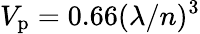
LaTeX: V_{\mathrm{p}}=0.66(\lambda/n)^{3}